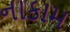
નાકામ